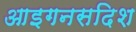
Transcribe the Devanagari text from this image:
आइगनसदिश